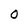
Character: O